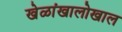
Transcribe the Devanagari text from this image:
खेळांखालोखाल